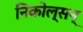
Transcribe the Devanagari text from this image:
निकोल्सन्‌